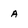
Character: a